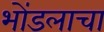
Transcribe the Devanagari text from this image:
भोंडलाचा